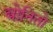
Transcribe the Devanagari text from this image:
बोनितो